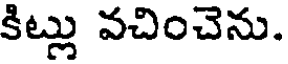
కిట్లు వచించెను.